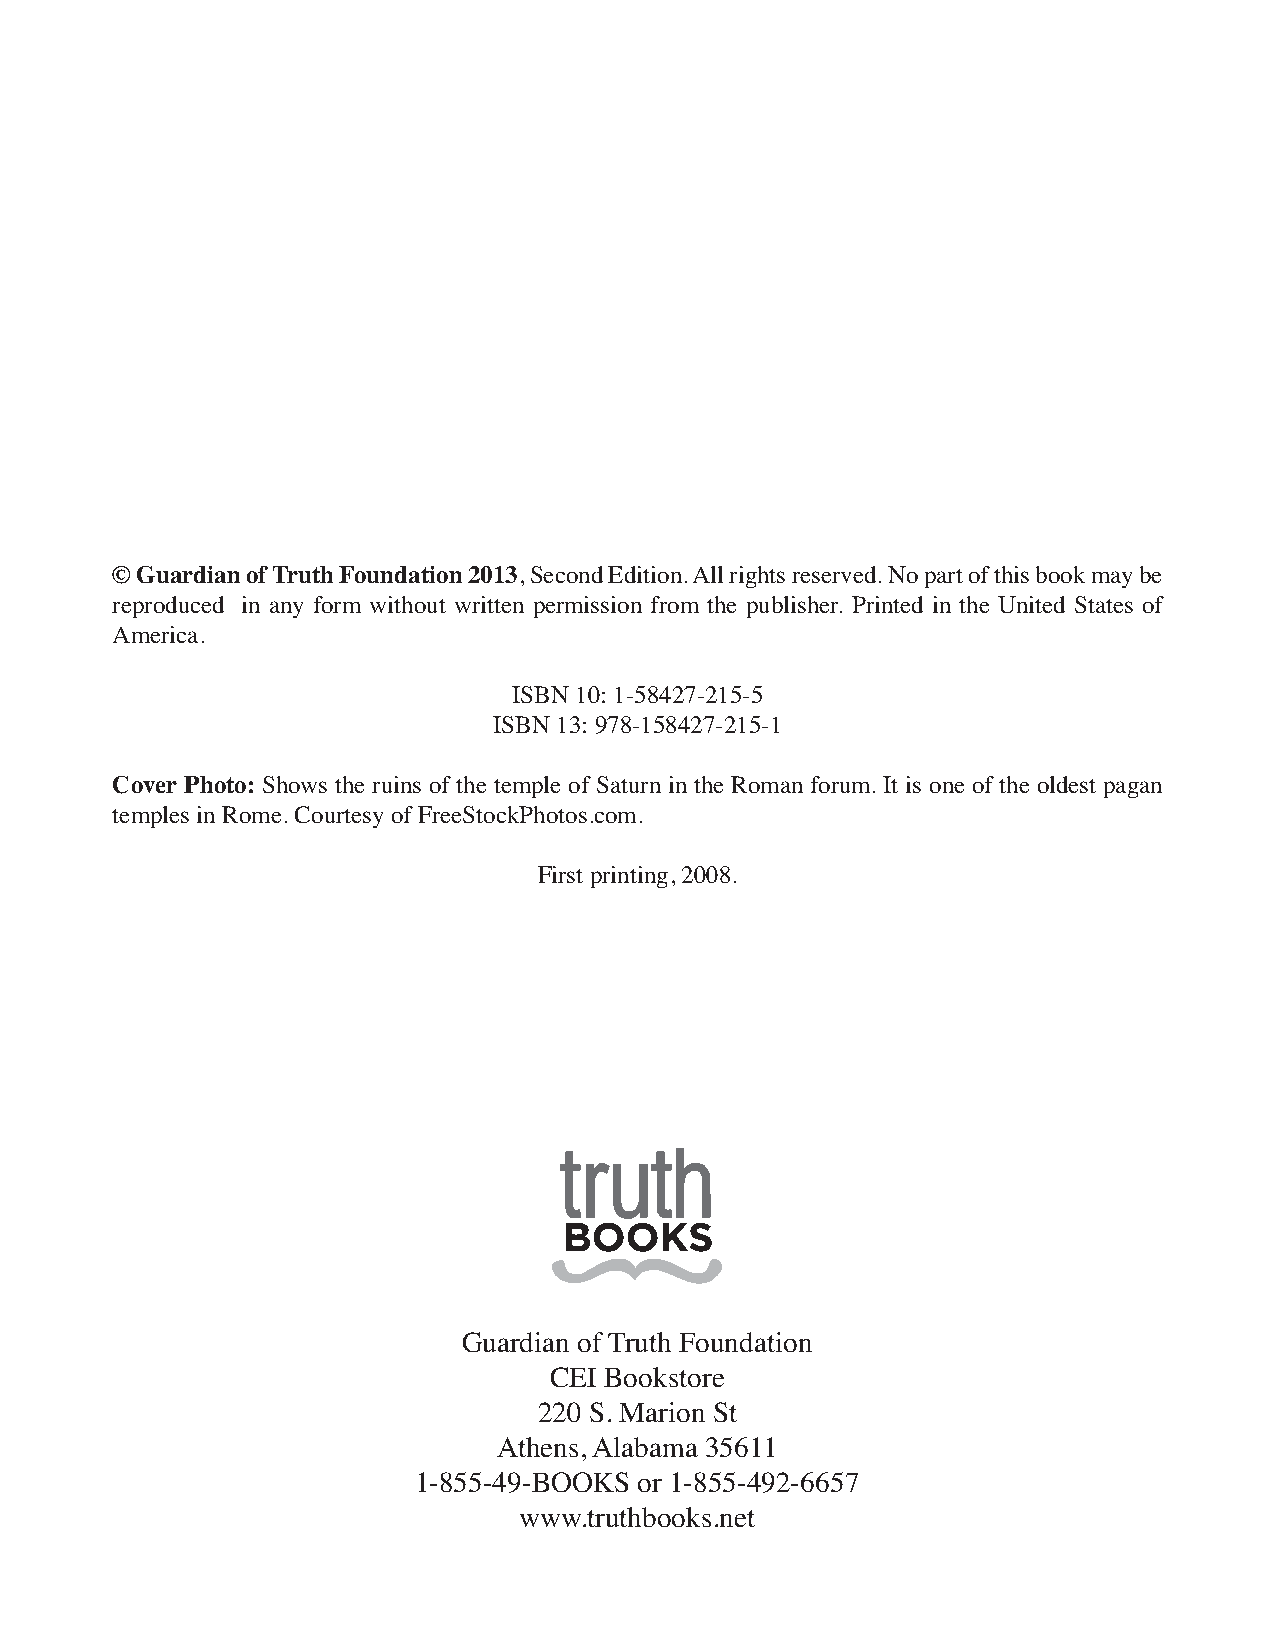
© Guardian of Truth Foundation 2013, Second Edition. All rights reserved. No part of this book may be
 reproduced in any form without written permission from the publisher. Printed in the United States of
 America.
 ISBN 10: 1-58427-215-5
 ISBN 13: 978-158427-215-1
 Cover Photo: Shows the ruins of the temple of Saturn in the Roman forum. It is one of the oldest pagan
 temples in Rome. Courtesy of FreeStockPhotos.com.
 First printing, 2008.
 Guardian of Truth Foundation
 CEI Bookstore
 220 S. Marion St
 Athens, Alabama 35611
 1-855-49-BOOKS or 1-855-492-6657
 www.truthbooks.net